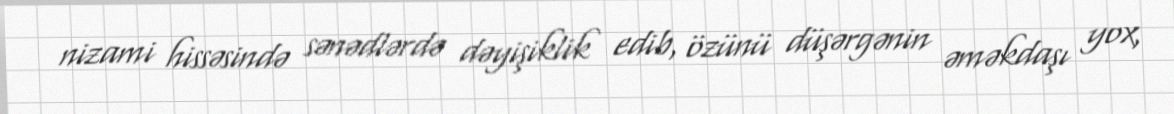
nizami hissəsində sənədlərdə dəyişiklik edib, özünü düşərgənin əməkdaşı yox,